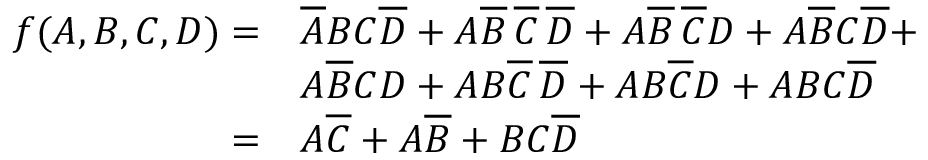
{ \begin{array} { r l } { f ( A , B , C , D ) = } & { { \overline { { A } } } B C { \overline { { D } } } + A { \overline { { B } } } \, { \overline { { C } } } \, { \overline { { D } } } + A { \overline { { B } } } \, { \overline { { C } } } D + A { \overline { { B } } } C { \overline { { D } } } + } \\ & { A { \overline { { B } } } C D + A B { \overline { { C } } } \, { \overline { { D } } } + A B { \overline { { C } } } D + A B C { \overline { { D } } } } \\ { = } & { A { \overline { { C } } } + A { \overline { { B } } } + B C { \overline { { D } } } } \end{array} }